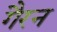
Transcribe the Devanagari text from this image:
गैरन